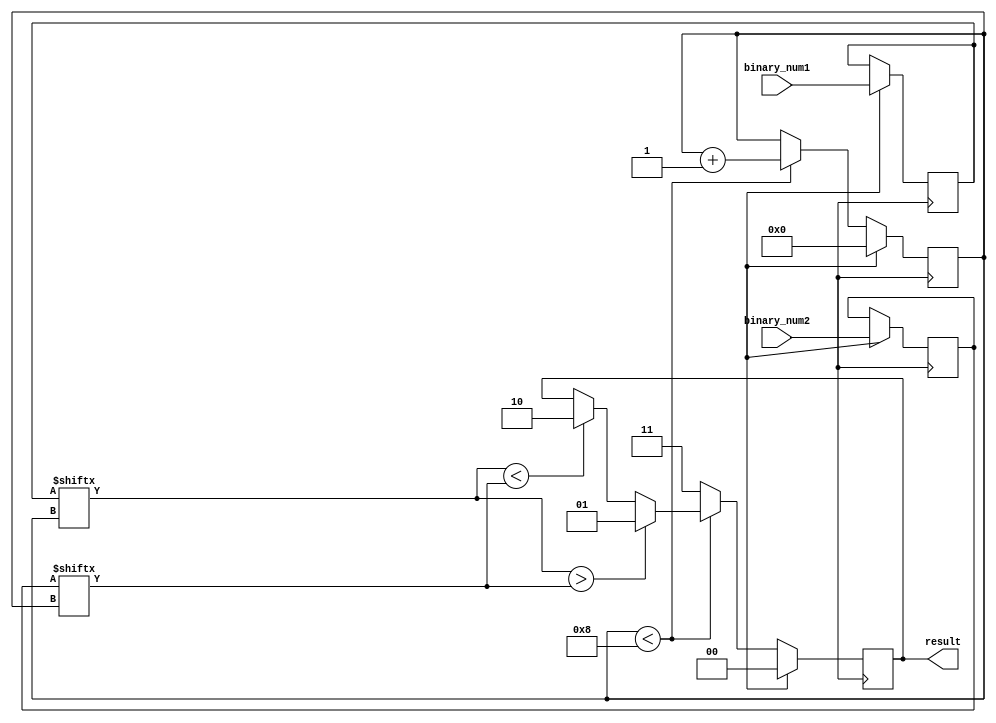
module serial_comparator(
    input [7:0] binary_num1,
    input [7:0] binary_num2,
    output reg [1:0] result
);

reg [7:0] reg1;
reg [7:0] reg2;
reg [7:0] count;

always @ (posedge clk) begin
    if (reset) begin
        reg1 <= binary_num1;
        reg2 <= binary_num2;
        count <= 0;
        result <= 2'b00;
    end else begin
        if (count < 8) begin
            if (reg1[count] > reg2[count]) begin
                result <= 2'b01; // first binary number is greater than second
            end else if (reg1[count] < reg2[count]) begin
                result <= 2'b10; // first binary number is less than second
            end
            count <= count + 1;
        end else begin
            result <= 2'b11; // first binary number is equal to second
        end
    end
end
endmodule